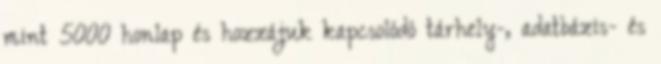
mint 5000 honlap és hozzájuk kapcsolódó tárhely-, adatbázis- és